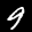
Label: 9